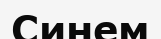
Синем